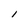
Character: l